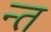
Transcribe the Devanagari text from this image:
न्त